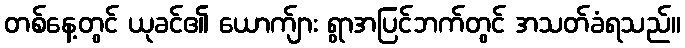
တစ်နေ့တွင် ယုခင်၏ ယောက်ျား ရွာအပြင်ဘက်တွင် အသတ်ခံရသည်။